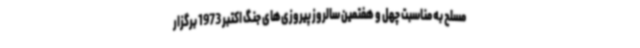
مسلح به مناسبت چهل و هفتمین سالروز پیروزی‌های جنگ اکتبر 1973 برگزار